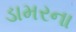
ડામરના